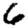
Digit: 6